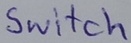
Text: Switch